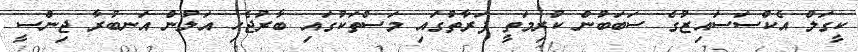
ކީގަލް އެކްސަސައިޒުގެ ސަބަބުން ކުރިމަތީ ފަރާތުގައި މަސްތަކުގައި ބާރުޖެހި އަލުން އަނބުރާ ޖިންސީ